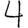
Digit: 4